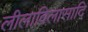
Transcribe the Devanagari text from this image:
लीलाविलासादि